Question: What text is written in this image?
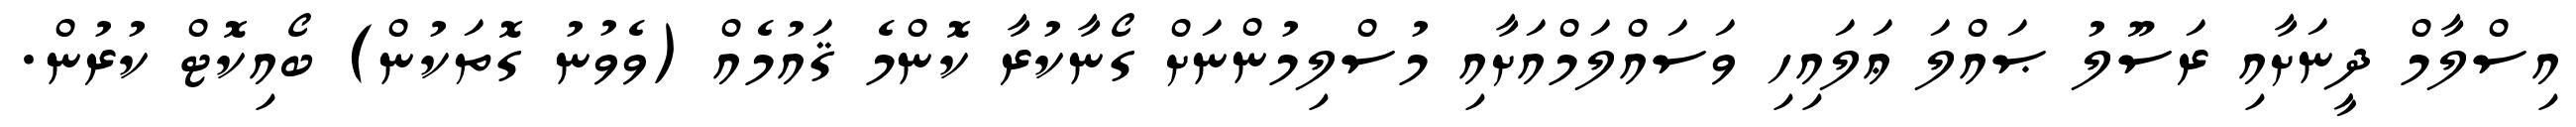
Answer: އިސްލާމް ދީނަށާއި ރަސޫލު ޞައްލަ ޢަލައިހި ވަސައްލަމްއަށާއި މުސްލިމުންނަށް ގޯނާކުރާ ކޮންމެ ޤައުމެއް (ވެވުނު ގޮތަކުން) ބޯއިކޮޓް ކުރުން.